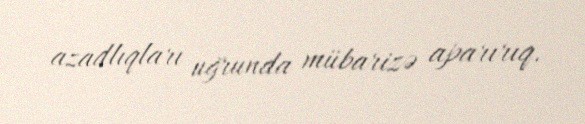
azadlıqları uğrunda mübarizə aparırıq.